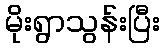
မိုးရွာသွန်းပြီး